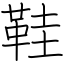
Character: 鞋